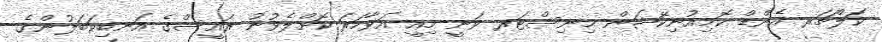
ކަލްޗަރ އެންޑް ކޮމިއުނިކޭޝަން މިނިސްޓަރ ވަނީ މިއީ އަވާހަރަ ކޮށްލެވުނު ރައީސްގެ އަނބިކަބަލުންގެ